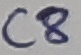
Text: C8